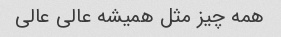
همه چیز مثل همیشه عالی عالی